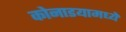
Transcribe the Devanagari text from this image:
कोनाडयामध्ये